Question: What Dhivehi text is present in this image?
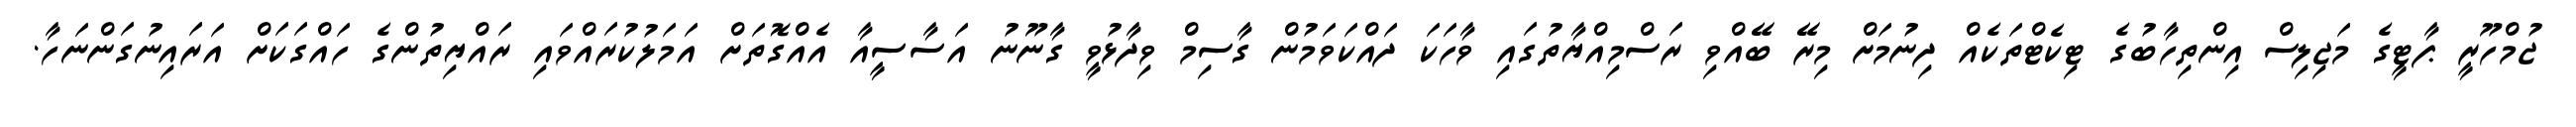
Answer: ޖުމްހޫރީ ޕާޓީގެ މަޖިލިސް އިންތިހާބުގެ ޓިކެޓްތަކެއް ދިނުމަށް މިރޭ ބޭއްވި ރަސްމިއްޔާތުގައި ވާހަކަ ދައްކަވަމުން ގާސިމް ވިދާޅުވީ ގާނޫނު އަސާސީއާ އެއްގޮތަށް އަމަލުކުރައްވައި ރައްޔިތުންގެ ހައްގަކަށް އަރައިނުގަންނަހާ.